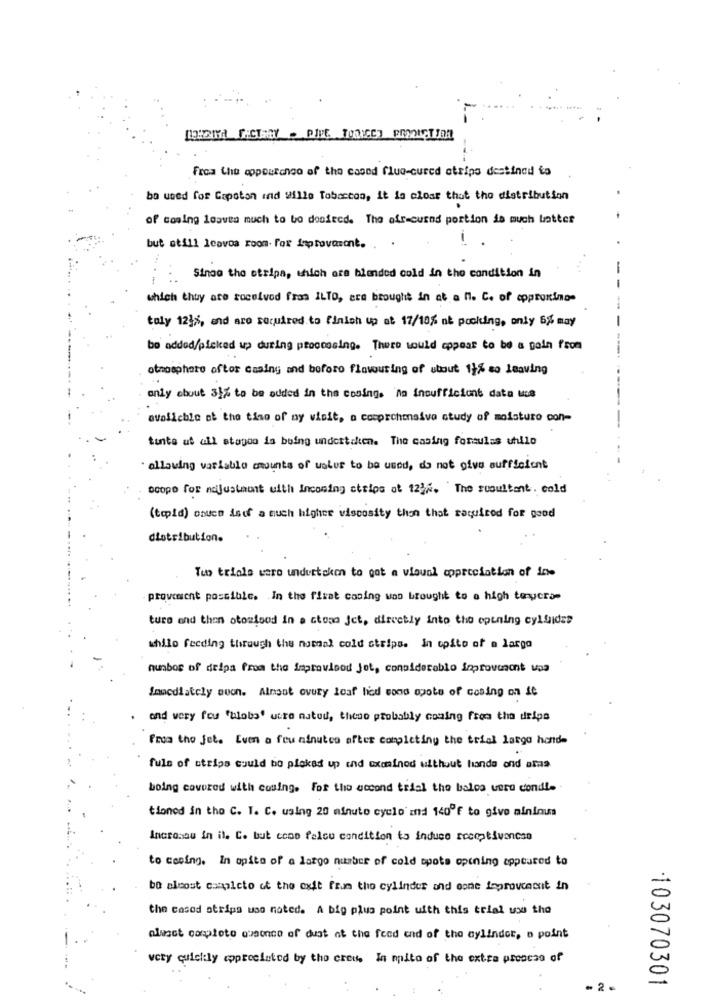
Fraa Cha copouranco of the cased flue-cured strips destined to
ba used for Capoton and Wille Tobaccos, it is clear that the distribution
of coming loaves much to bo doofecd. The air cusnd portion is much batter
but still Icovos room- fox inprovasont. . .
Sinoe the etripa, which are blended cold in the condition in
- -
which they are rocelvod fros ILTO, are brought in at a n. C. of approximo-
toly 12}%, and aro required to finish up at 17/10% nè pooling, only 6% may
bo added/picked up during proccesing. There would appear to be a pain from
atmosphere oftor casing and before fintouring of utout 1}% so leaving
only about 31% to be added in the coming. no insufficient data uce
avalieble at the time of my visit, a comprehensive study of moisturo con-
tunte at all stagoo is buing undertaken. The casing foraulas uhllo
· allowing variable amounts of uolur to be used, do not give sufficient
scope for adjustment with Incoming strips at 123x. The resultant. cold
(tepid) osuco isof a much higher viscosity then that required for good
distribution.
Tubo trials waro undertaken to got a visual appreciation of ice
provoment possible. In the firat casing was brought to a high tenycram
turo and then otostood in a ctosa Jet, directly into the opening cylfides
thilo feeding through the normal cold strips. In opito of a largo
number of deipa from the improvised jet, considerable improvement vos
Immediately soon. Almsot overy loaf lied sono opote of cosing on it
. and very fou "blobs" utro natou, these probably coming from the delos
From the jet. Even a few minutes after completing the trial largo hende
fuls of strips could bo plakad up and examined without handa ond amas
boing covered with couing. For the second trial the balos vero condi-
tioned in the C. I. C. using 20 minuto cyclo and 140ºf to give nininus
Incronou in ile C. but como falou condition to induce receptiveness
to cesing. In spite of a large number of cold spots opening appeared to
. bo alcost completo ot the exit from the cylinder and oone inprovencnit in
the cosod strips uso noted. A big plus point with this trial use the
aluset completo ovaonce of duat at the feed end of the cylinder, o point
very quickly appreciated by tho crees In mito of the extra proacss of
103070301
.2 .